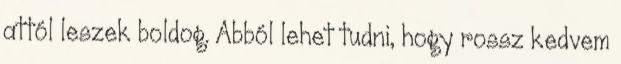
attól leszek boldog. Abból lehet tudni, hogy rossz kedvem